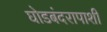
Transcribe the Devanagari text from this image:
घोडबंदरापाशी